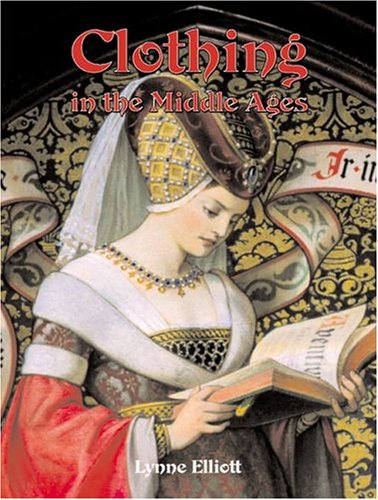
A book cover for Clothing in the Middle Ages (Medieval World (Crabtree Paperback)); Lynne Elliott; Children's Books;